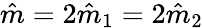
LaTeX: \hat{m}=2\hat{m}_{1}=2\hat{m}_{2}